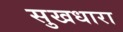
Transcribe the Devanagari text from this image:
सुखधारा